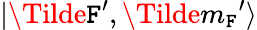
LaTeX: |\Tilde{\mathtt{F}^{\prime}},\Tilde{m_{\mathtt{F}}}^{\prime}\rangle